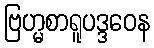
ဗြဟ္မစာရူပဒ္ဒဝေန